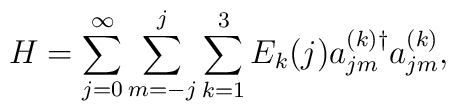
H=\sum_{j=0}^{\infty}\sum_{m=-j}^{j}\sum_{k=1}^{3}E_{k}(j) a_{jm}^{(k)\dag}a_{jm}^{(k)},